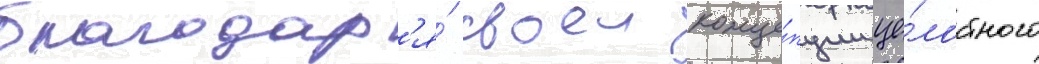
благодар'я́ своеи конце́пции це́лостного